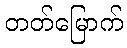
တတ်မြောက်